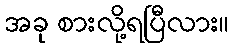
အခု စားလို့ရပြီလား။